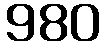
980